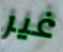
غير